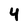
Character: 4